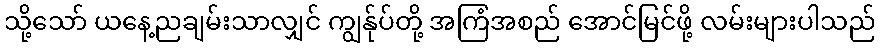
သို့သော် ယနေ့ညချမ်းသာလျှင် ကျွန်ုပ်တို့ အကြံအစည် အောင်မြင်ဖို့ လမ်းများပါသည်